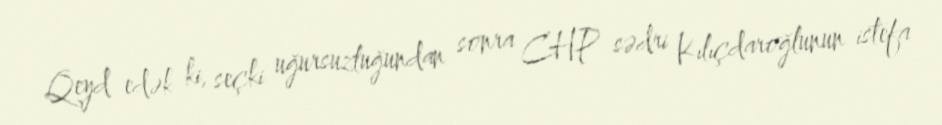
Qeyd edək ki, seçki uğursuzluğundan sonra CHP sədri Kılıçdaroğlunun istefa